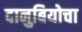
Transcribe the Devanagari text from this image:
दानुबियोचा